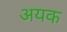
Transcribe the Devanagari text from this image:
अयक